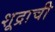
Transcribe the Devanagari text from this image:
शूद्राची